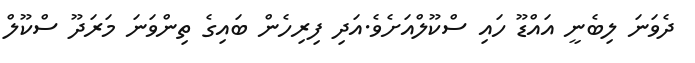
ދެވަނަ ލިބެނީ އައްޑޫ ހައި ސްކޫލްއަށެވެ.އަދި ފިރިހެން ބައިގެ ތިންވަނަ މަރަދޫ ސްކޫލް